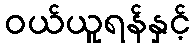
ဝယ်ယူရန်နှင့်